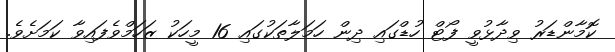
ކޮމާންޑަރު ވިދާޅުވީ ފޯޓް ހުޑްގައި ދިން ހަމަލާތަކުގައި 16 މީހަކު ޒަހަމްވެފައިވާ ކަމަށެވެ.